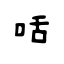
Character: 咶